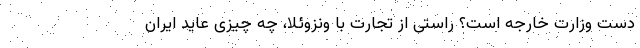
دست وزارت خارجه است؟ راستی از تجارت با ونزوئلا، چه چیزی عاید ایران